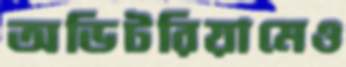
অডিটরিয়ামেও